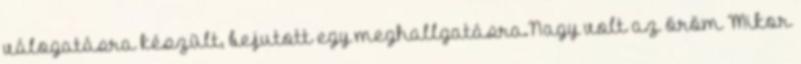
válogatásra készült, bejutott egy meghallgatásra.Nagy volt az öröm Mikor